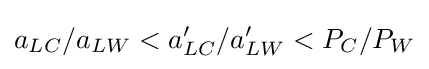
\textstyle a_{LC}/a_{LW}<a'_{LC}/a'_{LW}<P_{C}/P_{W}